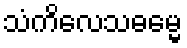
သံကိလေသဓမ္မေ